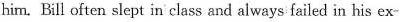
him. Bill often slept in class and always failed in his ex-